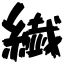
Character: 繊